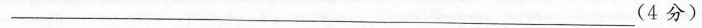
___(4分)